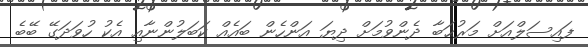
ފައިސަލްއަށް މަރުޙަބާ ދެންވުމަށް ދިޔަ އަންހެން ބައެއް ކަބަލުންނާއި އެކު ހުވަދަގޭ ބޭބެ